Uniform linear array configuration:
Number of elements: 12
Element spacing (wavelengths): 0.75
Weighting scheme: hann
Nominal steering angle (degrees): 0
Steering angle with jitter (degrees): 1.682
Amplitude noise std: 0.05
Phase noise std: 0.05

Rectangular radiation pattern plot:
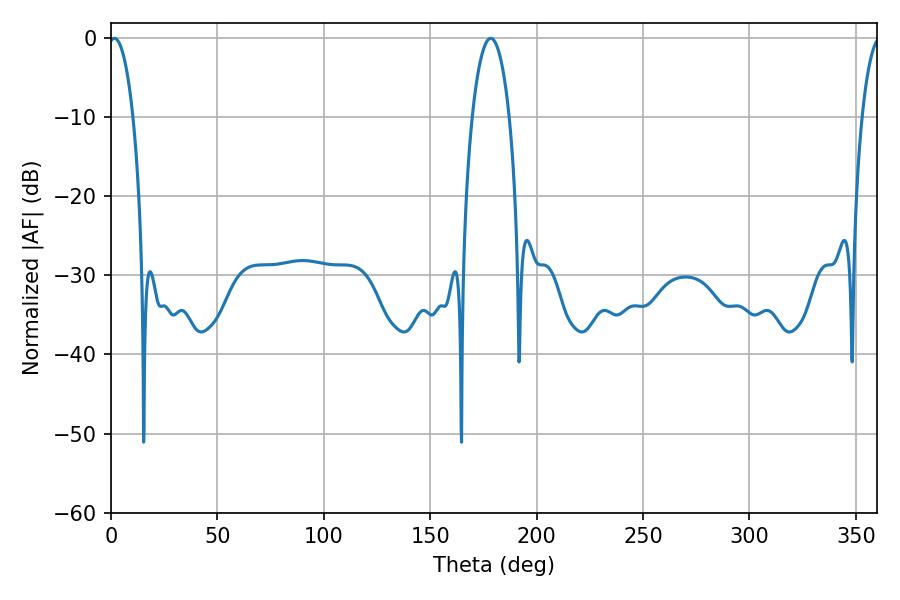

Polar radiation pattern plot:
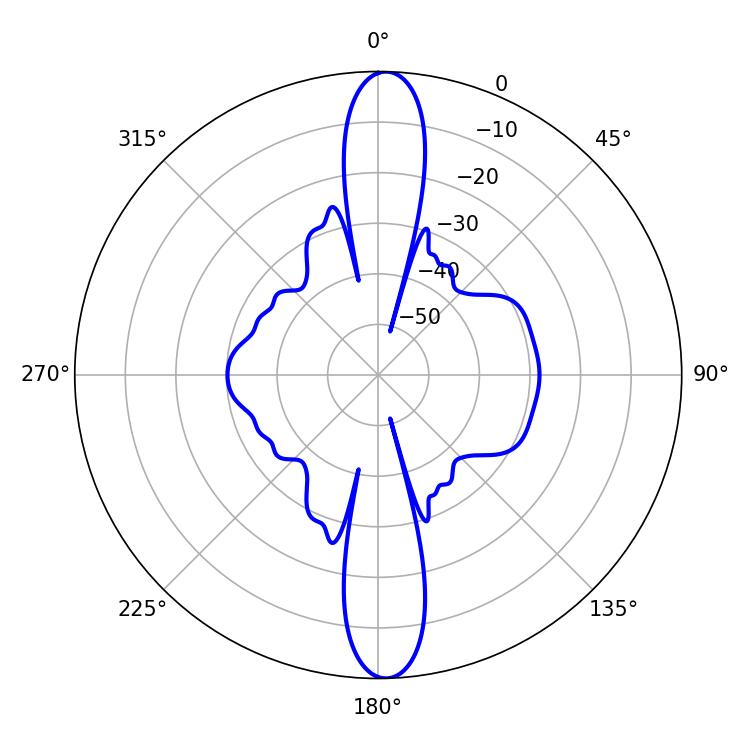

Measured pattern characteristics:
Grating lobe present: TRUE
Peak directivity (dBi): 22.736
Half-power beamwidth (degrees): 6.48
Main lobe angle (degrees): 1.62